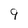
Character: 9